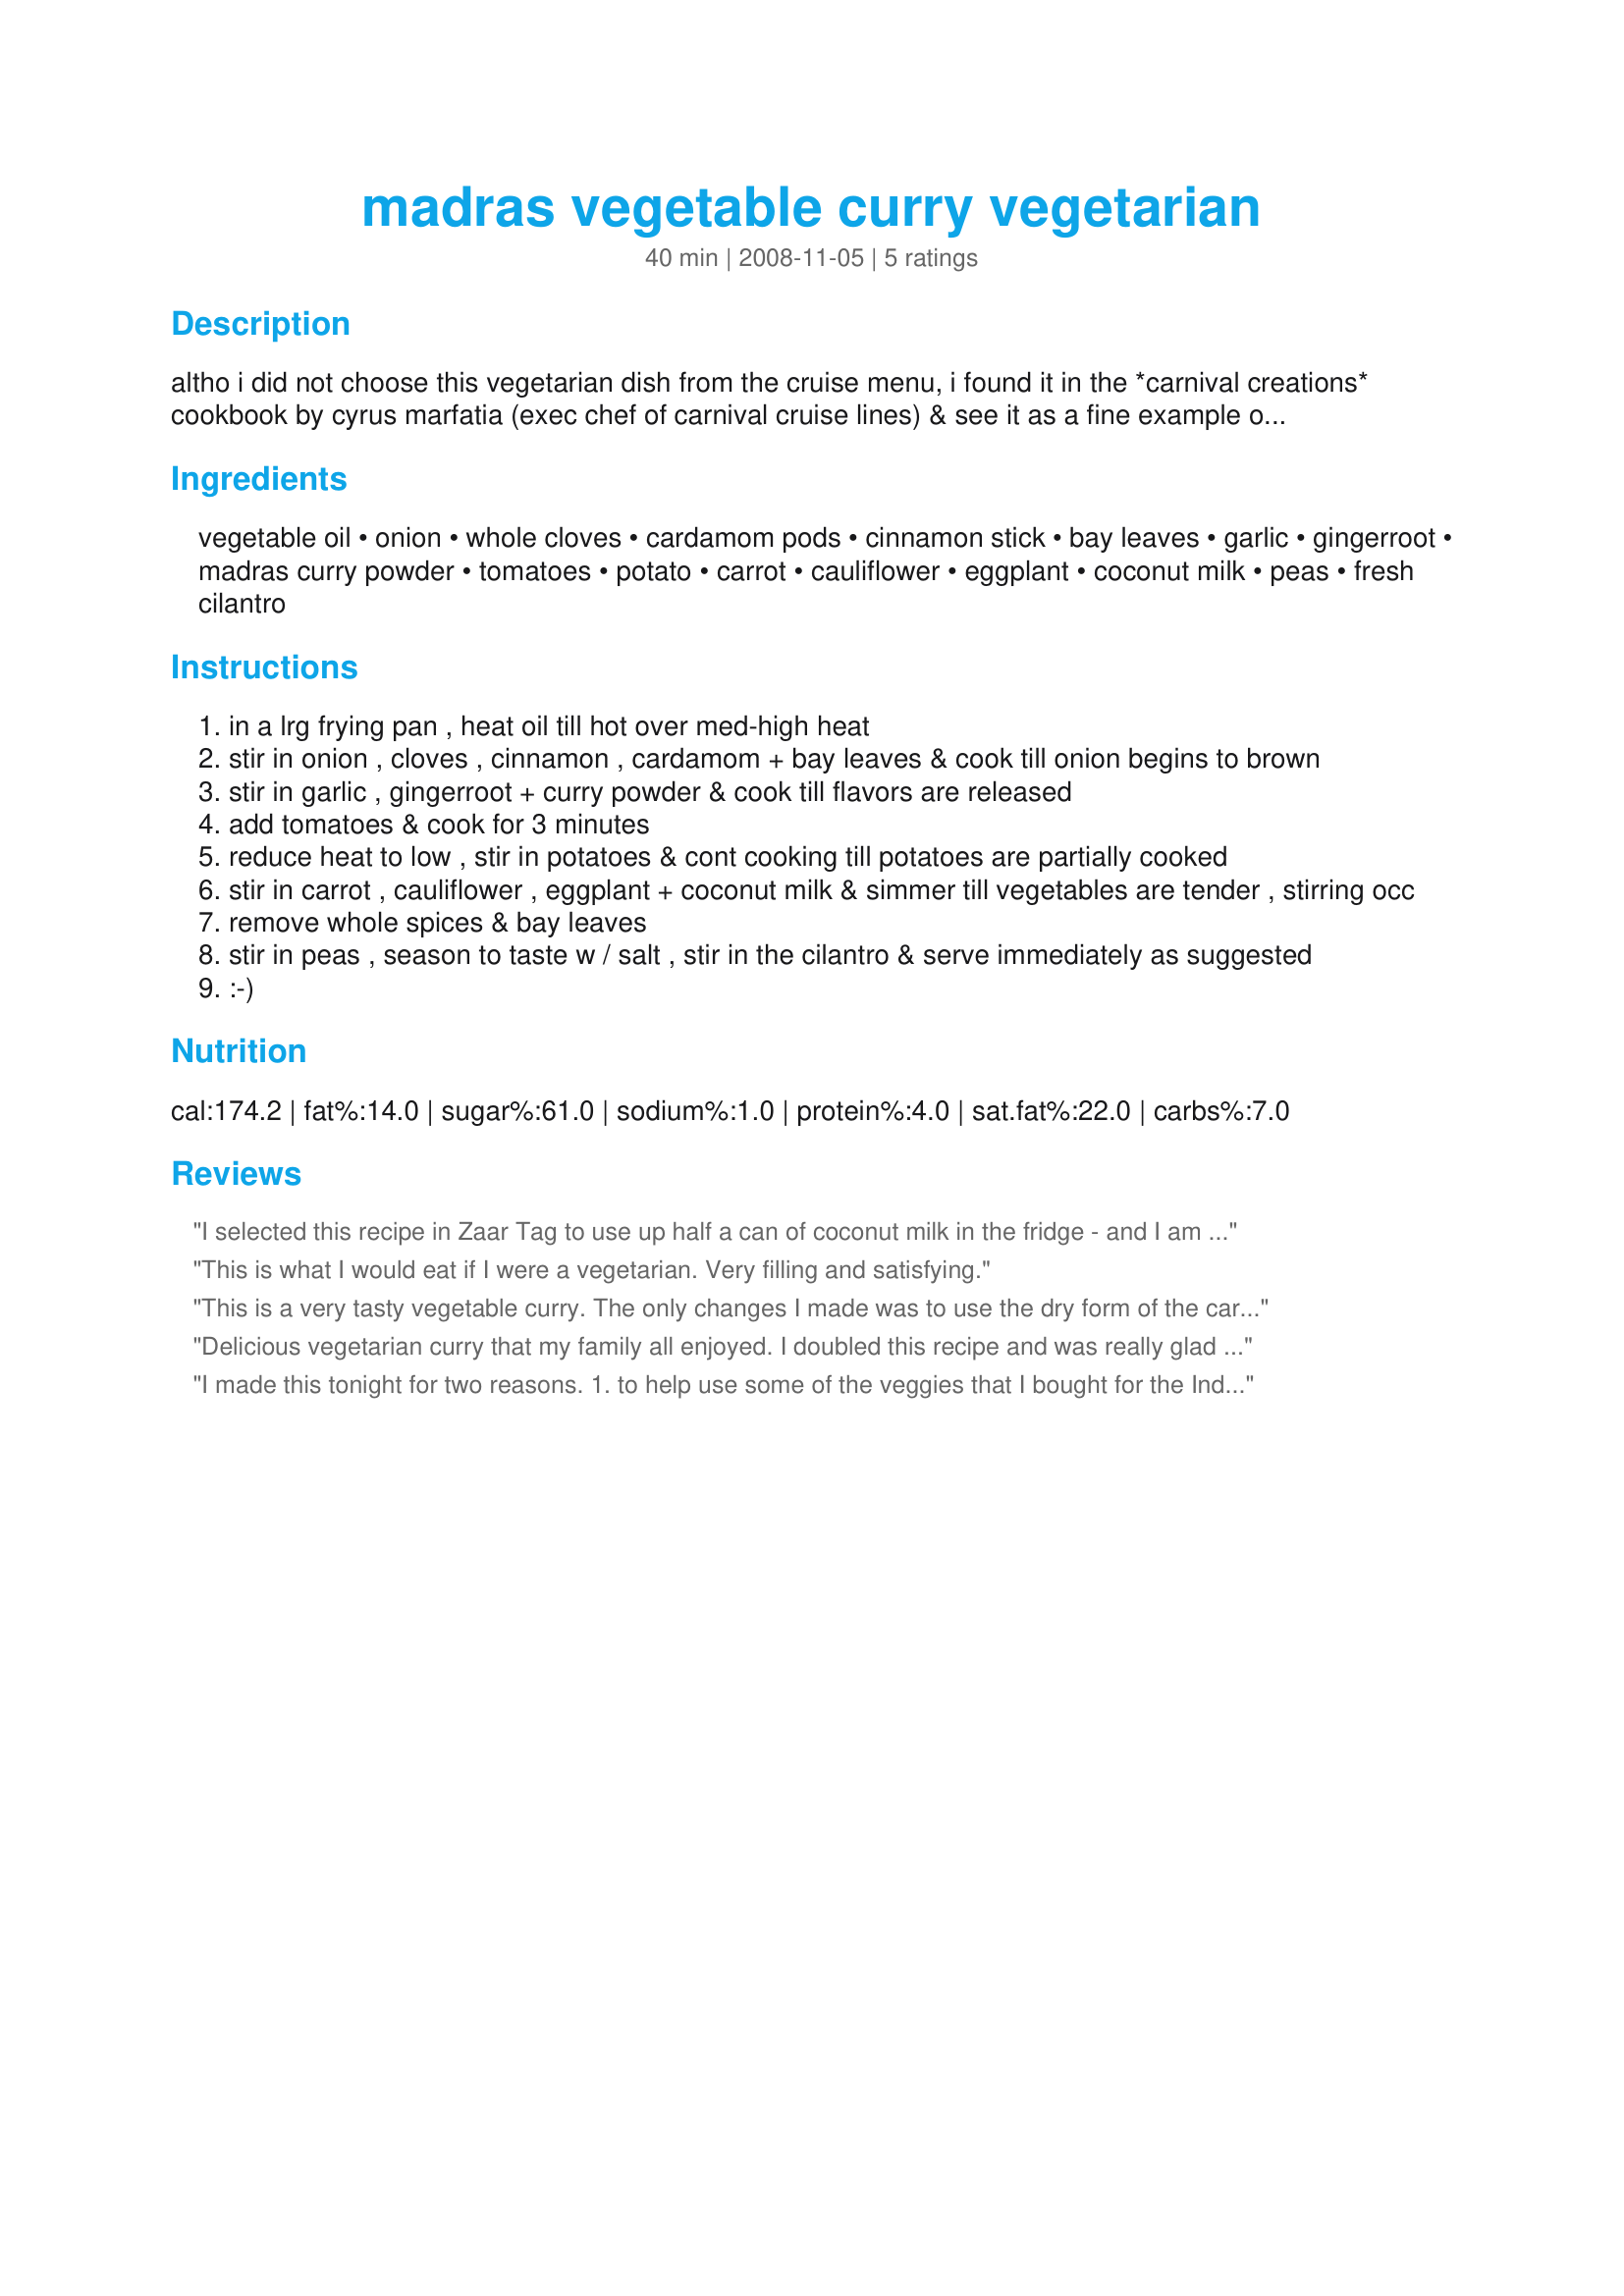
madras vegetable curry vegetarian
Preparation time: 40 minutes

altho i did not choose this vegetarian dish from the cruise menu, i found it in the *carnival creations* cookbook by cyrus marfatia (exec chef of carnival cruise lines) & see it as a fine example of the great care taken to provide tempting vegetarian choices across all courses for the vegetarians on-board the ship. the recipe intro description stated that "an assortment of distinctive spices makes this indian vegetable dish dance with tremendous flavor" & it was later suggested that it be served w/cinnamon-flavored cooked rice which i see as an esp appealing option. (times were not given, so i estimated 20 min for ingredient prep + 20 min cook time). *enjoy* !

Ingredients:
vegetable oil, onion, whole cloves, cardamom pods, cinnamon stick, bay leaves, garlic, gingerroot, madras curry powder, tomatoes, potato, carrot, cauliflower, eggplant, coconut milk, peas, fresh cilantro

Steps:
in a lrg frying pan , heat oil till hot over med-high heat
stir in onion , cloves , cinnamon , cardamom + bay leaves & cook till onion begins to brown
stir in garlic , gingerroot + curry powder & cook till flavors are released
add tomatoes & cook for 3 minutes
reduce heat to low , stir in potatoes & cont cooking till potatoes are partially cooked
stir in carrot , cauliflower , eggplant + coconut milk & simmer till vegetables are tender , stirring occ
remove whole spices & bay leaves
stir in peas , season to taste w / salt , stir in the cilantro & serve immediately as suggested
:-)

Reviews:
I selected this recipe in Zaar Tag to use up half a can of coconut milk in the fridge - and I am glad I did! Very good and (surprisingly) filling dish served over rice (for the cinnamon rice I added a cinnamon stick to the rice cooker cooked on regular rice -- very good and almost too easy!). And per the recipe suggestions I put the spices (cloves -bay leaves) in a cheesecloth bag, so I could remove them easily at the end of the cooking time. Oh, I didn't measure my veggies, so my amounts were off a bit, but I don't think that made any difference in the final delicious end result. Thanks for sharing!
This is what I would eat if I were a vegetarian. Very filling and satisfying.
This is a very tasty vegetable curry. The only changes I made was to use the dry form of the cardamom, cinnamon, etc. I did not use eggplant, but used potatoes, peas, carrots and cauliflower. Served this delicious meal over some brown rice.
Delicious vegetarian curry that my family all enjoyed. I doubled this recipe and was really glad that I did. Prep time was less and cook time was more..........so the 40 minutes given was just about right :) For some extra protein for a vegetarian meal, I would add a can of drained and rinsed chickpeas. The Indian flavours added to the Madras curry powder to make this an authentic tasting curry. It didn&#039;t take much effort to pick out the cinnamon sticks, bay leaves, cardamom pods and cloves and the flavours they imparted were well worth a minute or so to find them in the completed dish. . Made this recipe for you twissis as a thankyou for adopting me in PAC :D Photo also to be posted
I made this tonight for two reasons. 1. to help use some of the veggies that I bought for the India round of this ZWT 8. 2. because it sounded yummy! I was right, it's delicious. Sadly I didn't have the eggplant but all else was used and it made a grand meal that I served over saffron/cinnamon rice and with coconut water to drink. Te-rrific :D
